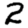
Digit: 2